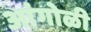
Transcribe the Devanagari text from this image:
आंगोळी